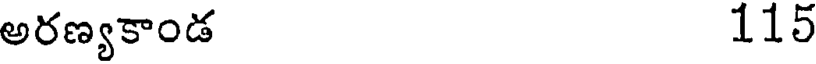
అరణ్యకాండ 115